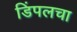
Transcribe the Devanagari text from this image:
डिंपलचा